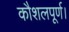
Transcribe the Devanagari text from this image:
कौशलपूर्ण।